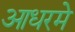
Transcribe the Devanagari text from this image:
आधरमे